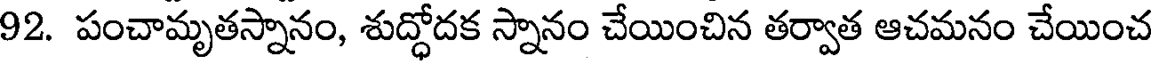
92. పంచామృతస్నానం, శుద్ధోదక స్నానం చేయించిన తర్వాత ఆచమనం చేయించ